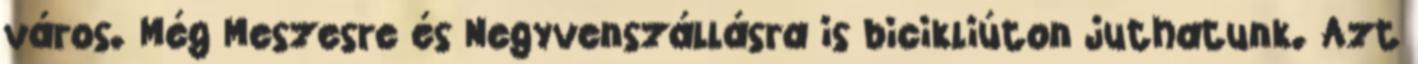
város. Még Meszesre és Negyvenszállásra is bicikliúton juthatunk. Azt